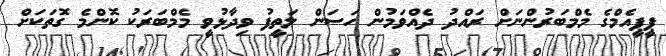
ޕީޕީއެމްގެ މެމްބަރުންނަށް ރައްދު ދެއްވަމުން ހަސަން ލަތީފު ވިދާޅުވީ މެމްބަރަކު ކޮންމެ ގޮތަކަށް